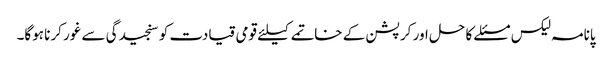
پانامہ لیکس مسئلے کا حل اور کرپشن کے خاتمے کیلئے قومی قیادت کو سنجیدگی سے غور کرنا ہوگا۔